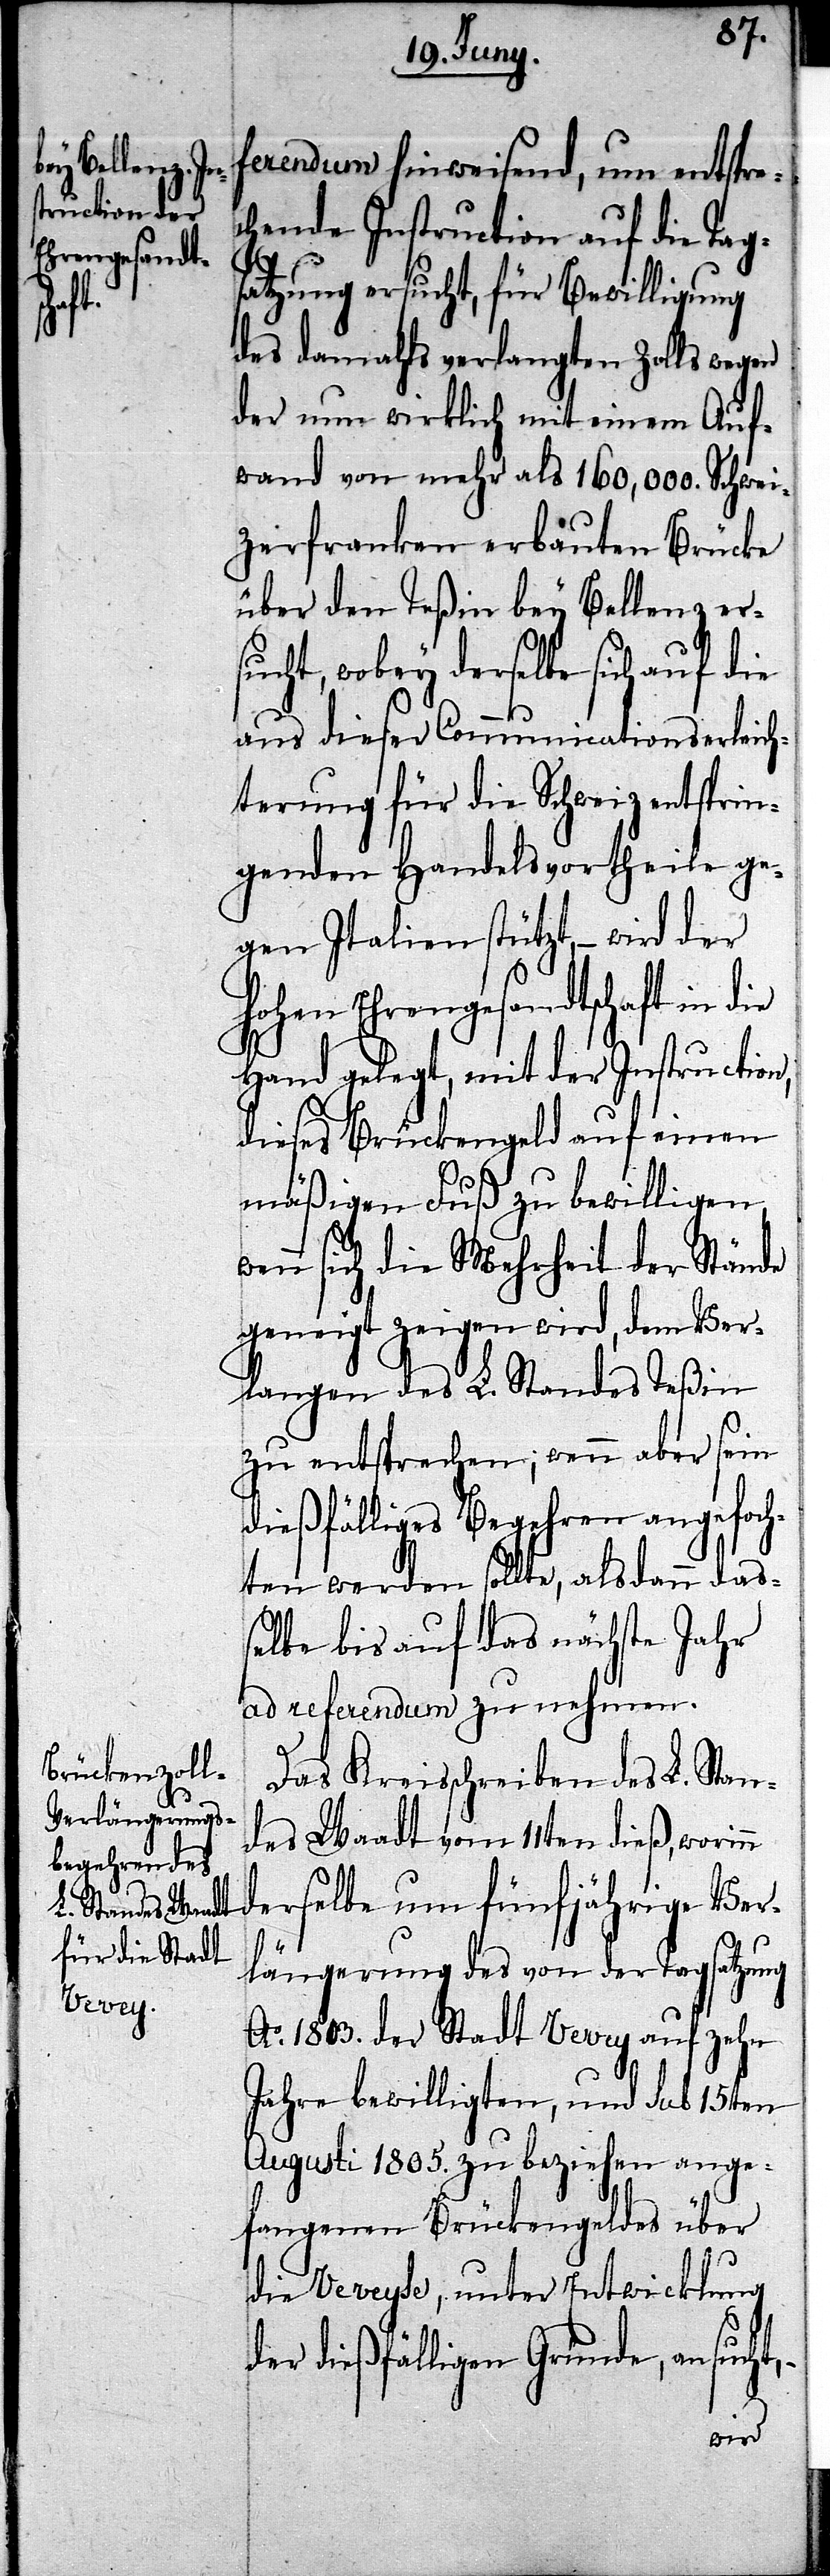
ferendum hinweisend, um entspre¬
chende Instruction auf die Tag¬
satzung ersucht, für Bewilligung
des damahls verlangten Zolls wegen
der nun wirklich mit einem Auf¬
wand von mehr als 160,000. Schwei¬
zerfranken erbauten Brücke
über den Teßin bey Bellenz er¬
sucht, wobey derselbe sich auf ein
aus dieser Communicationserleich¬
terung für die Schweiz entsprin¬
genden Handelsvortheile ge¬
gen Italien stützt, – wird der
hohen Ehrengesandtschaft in die
Hand gelegt mit der Instruction,
dieses Brückengeld auf einen
mäßigen Fuß zu bewilligen
enn sich die Mehrheit der Stände
geneigt zeigen wird, dem Ver¬
langen des L. Standes Teßin
zu entsprechen; wenn aber sein
dießfälliges Begehren angesproch¬
en werden sollte, als dann das¬
selbe bis auf das nächste Jahr
ad referendum zu nehmen
Das Kreisschreiben des L. Stan¬
des Waadt vom 11ten dieß, worinn
derselbe um fünfjährige Ver¬
längerung des von der Tagsatzung
Ao. 1803. der Stadt Vevey auf zehn
Jahre bewilligten, und sub 15ten
Augusti 1805. zu beziehen ange¬
fangenen Brückegeldes über
die Veveyse, unter Entwicklung
w¬
der dießfälligen Gründe, ansucht,